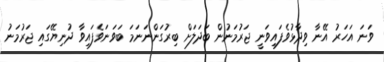
ވަނަ އަހަރު އޭނާ ވިދާޅުވެފައިވަނީ ޖަރުމަނުން ބަދަލަށް ބިރުގަންނަނަމަ ބަވަނަވެފައިވާ ދުނިޔޭގައި ޖަރުމަނު